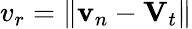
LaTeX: v_{r}=\| \mathbf{v}_{n}-\mathbf{V}_{t}\|